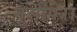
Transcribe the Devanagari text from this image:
नूसीपेरा